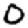
Digit: 0